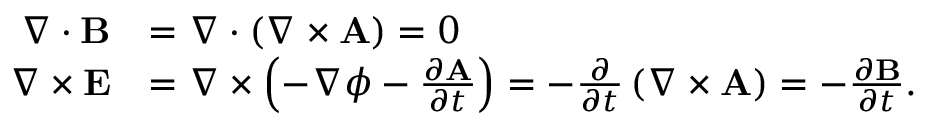
{ \begin{array} { r l } { \nabla \cdot \mathbf { B } } & { = \nabla \cdot \left( \nabla \times \mathbf { A } \right) = 0 } \\ { \nabla \times \mathbf { E } } & { = \nabla \times \left( - \nabla \phi - { \frac { \partial \mathbf { A } } { \partial t } } \right) = - { \frac { \partial } { \partial t } } \left( \nabla \times \mathbf { A } \right) = - { \frac { \partial \mathbf { B } } { \partial t } } . } \end{array} }